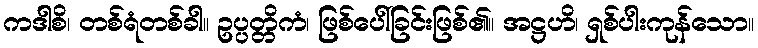
ကဒါစိ၊ တစ်ရံတစ်ခါ။ ဥပ္ပတ္တိကံ၊ ဖြစ်ပေါ်ခြင်းဖြစ်၏။ အဋ္ဌဟိ၊ ရှစ်ပါးကုန်သော။